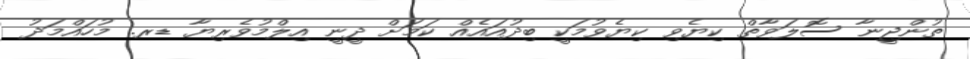
ތުންޖީނާ ސޮލަވާތް ކިޔެވި ކިޔެވުމަކީ ބިދުއައެއް ކަމަށް ދީނީ އިލްމުވެރިޔާ ޑރ. މުހައްމަދު